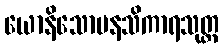
ယောနိသောမနသိကာရသုတ္တ